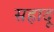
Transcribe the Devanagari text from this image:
सहादू